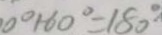
0 ^ { \circ } + 6 0 ^ { \circ } = 1 8 0 ^ { \circ }